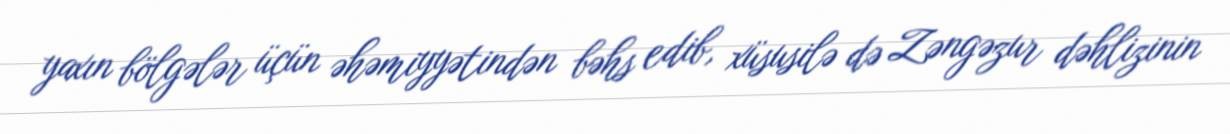
yaxın bölgələr üçün əhəmiyyətindən bəhs edib, xüsusilə də Zəngəzur dəhlizinin